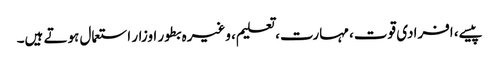
پیسے، افرادی قوت، مہارت، تعلیم، وغیرہ بطور اوزار استعمال ہوتے ہیں۔